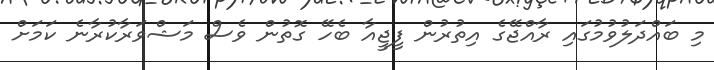
މި ބައްދަލުވުމުގައި ރާއްޖޭގެ އިތުރުން ފީޖީއާ ބެހޭ ގޮތުން ވެސް މަޝްވަރާކުރާނެ ކަމަށް